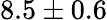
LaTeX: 8.5\pm 0.6